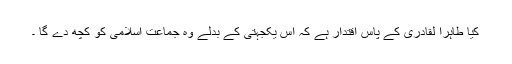
کیا طاہرا لقادری کے پاس اقتدار ہے کہ اس یکجہتی کے بدلے وہ جماعت اسلامی کو کچھ دے گا ۔